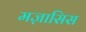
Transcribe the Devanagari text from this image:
मज़ासिस